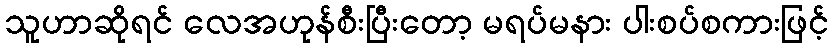
သူဟာဆိုရင် လေအဟုန်စီးပြီးတော့ မရပ်မနား ပါးစပ်စကားဖြင့်